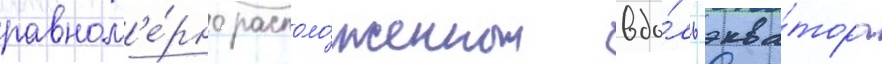
равном'е́рно располо́женных вдо́ль эква́тора